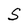
Character: S